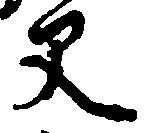
父